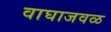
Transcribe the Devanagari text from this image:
वाघाजवळ